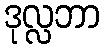
ဒုလ္လဘာ